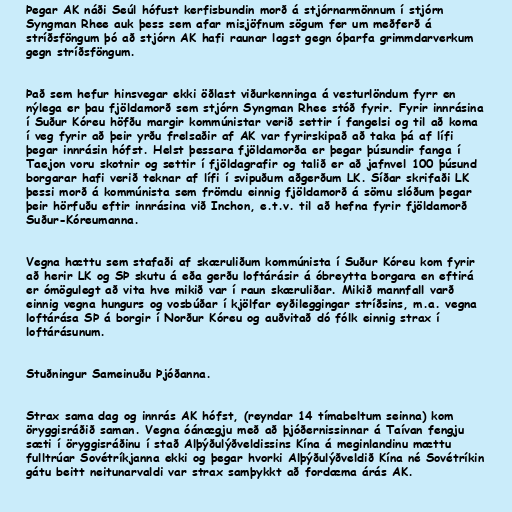
Þegar AK náði Seúl hófust kerfisbundin morð á stjórnarmönnum í stjórn
Syngman Rhee auk þess sem afar misjöfnum sögum fer um meðferð á
stríðsföngum þó að stjórn AK hafi raunar lagst gegn óþarfa grimmdarverkum
gegn stríðsföngum.

Það sem hefur hinsvegar ekki öðlast viðurkenninga á vesturlöndum fyrr en
nýlega er þau fjöldamorð sem stjórn Syngman Rhee stóð fyrir. Fyrir innrásina
í Suður Kóreu höfðu margir kommúnistar verið settir í fangelsi og til að koma
í veg fyrir að þeir yrðu frelsaðir af AK var fyrirskipað að taka þá af lífi
þegar innrásin hófst. Helst þessara fjöldamorða er þegar þúsundir fanga í
Taejon voru skotnir og settir í fjöldagrafir og talið er að jafnvel 100 þúsund
borgarar hafi verið teknar af lífi í svipuðum aðgerðum LK. Síðar skrifaði LK
þessi morð á kommúnista sem frömdu einnig fjöldamorð á sömu slóðum þegar
þeir hörfuðu eftir innrásina við Inchon, e.t.v. til að hefna fyrir fjöldamorð
Suður-Kóreumanna.

Vegna hættu sem stafaði af skæruliðum kommúnista í Suður Kóreu kom fyrir
að herir LK og SÞ skutu á eða gerðu loftárásir á óbreytta borgara en eftirá
er ómögulegt að vita hve mikið var í raun skæruliðar. Mikið mannfall varð
einnig vegna hungurs og vosbúðar í kjölfar eyðileggingar stríðsins, m.a. vegna
loftárása SÞ á borgir í Norður Kóreu og auðvitað dó fólk einnig strax í
loftárásunum.

Stuðningur Sameinuðu Þjóðanna.

Strax sama dag og innrás AK hófst, (reyndar 14 tímabeltum seinna) kom
öryggisráðið saman. Vegna óánægju með að þjóðernissinnar á Taívan fengju
sæti í öryggisráðinu í stað Alþýðulýðveldissins Kína á meginlandinu mættu
fulltrúar Sovétríkjanna ekki og þegar hvorki Alþýðulýðveldið Kína né Sovétríkin
gátu beitt neitunarvaldi var strax samþykkt að fordæma árás AK.